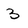
Character: 3